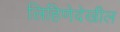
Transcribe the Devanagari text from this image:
लिहिणेदेखील